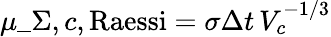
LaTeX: \mu\_ {\Sigma,c,\mathrm{Raessi}}=\sigma\Delta t\, V_{c}^{-1/3}